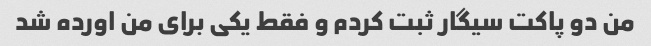
من دو پاکت سیگار ثبت کردم و فقط یکی برای من اورده شد